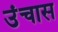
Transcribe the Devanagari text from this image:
उंचास